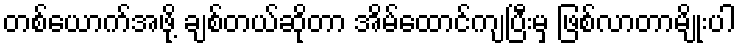
တစ်ယောက်အဖို့ ချစ်တယ်ဆိုတာ အိမ်ထောင်ကျပြီးမှ ဖြစ်လာတာမျိုးပါ